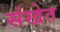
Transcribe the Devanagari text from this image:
संखेत